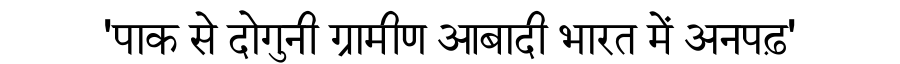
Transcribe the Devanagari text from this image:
'पाक से दोगुनी ग्रामीण आबादी भारत में अनपढ़'